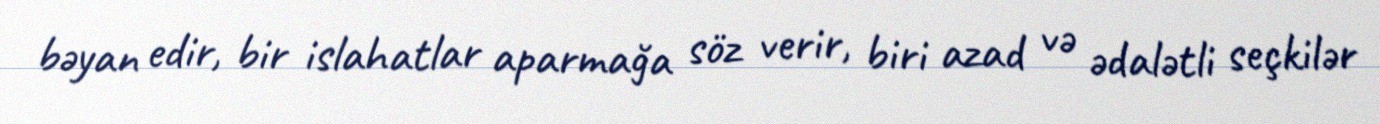
bəyan edir, bir islahatlar aparmağa söz verir, biri azad və ədalətli seçkilər